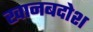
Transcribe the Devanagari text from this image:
खानबदोश